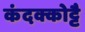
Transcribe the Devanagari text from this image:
कंदक्कोट्टै